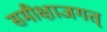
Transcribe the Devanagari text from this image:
समीक्षाजगत्